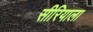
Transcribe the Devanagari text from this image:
सीरियाला